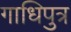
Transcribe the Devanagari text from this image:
गाधिपुत्र